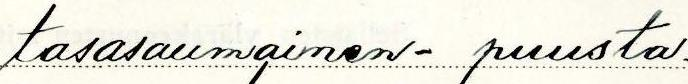
tasasaumainen - puusta